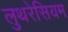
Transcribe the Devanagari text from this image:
लुथरेसियम